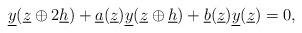
LaTeX: \begin{align*}\underline{y}(\underline{z} \oplus 2\underline{h}) + \underline{a}(\underline{z}) \underline{y}(\underline{z}\oplus\underline{h}) + \underline{b}(\underline{z}) \underline{y}(\underline{z}) =0,\end{align*}